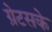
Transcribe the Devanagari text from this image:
ग्रेटसके